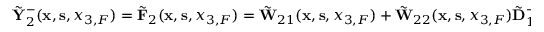
\begin{array} { r } { \tilde { \bf Y } _ { 2 } ^ { - } ( { { \bf x } } , { { \bf s } } , { x _ { 3 , F } } ) = \tilde { \bf F } _ { 2 } ( { { \bf x } } , { { \bf s } } , { x _ { 3 , F } } ) = \tilde { \bf W } _ { 2 1 } ( { { \bf x } } , { { \bf s } } , { x _ { 3 , F } } ) + \tilde { \bf W } _ { 2 2 } ( { { \bf x } } , { { \bf s } } , { x _ { 3 , F } } ) \tilde { \bf D } _ { 1 } ^ { - } ( { \bf s } , x _ { 3 , F } ) , } \end{array}